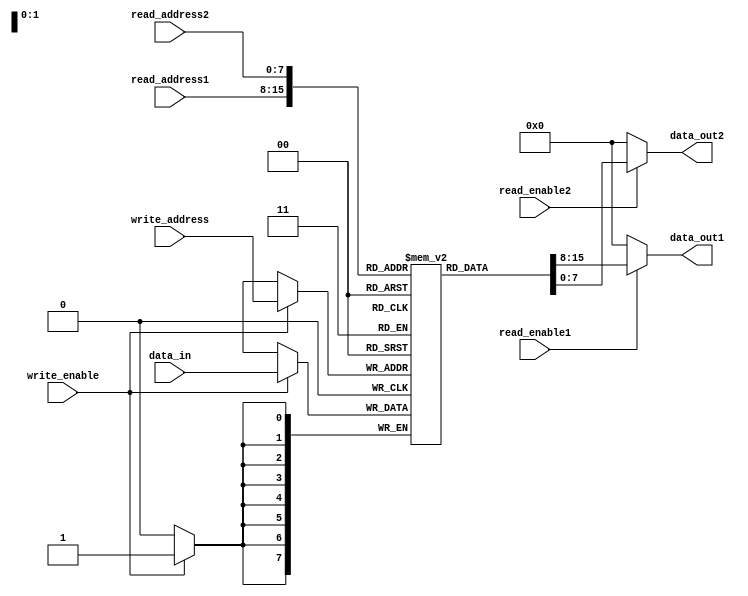
module memory_block_shadow_register_file (
  input [7:0] read_address1,
  input [7:0] read_address2,
  input [7:0] write_address,
  input [7:0] data_in,
  input read_enable1,
  input read_enable2,
  input write_enable,
  output reg [7:0] data_out1,
  output reg [7:0] data_out2
);

reg [7:0] memory [0:255];

always @(posedge clk) begin
  if (write_enable) begin
    memory[write_address] <= data_in;
  end
end

assign data_out1 = (read_enable1) ? memory[read_address1] : 8'b0;
assign data_out2 = (read_enable2) ? memory[read_address2] : 8'b0;

endmodule